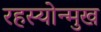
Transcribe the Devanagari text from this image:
रहस्योन्मुख